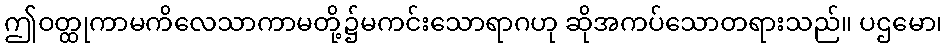
ဤဝတ္ထုကာမကိလေသာကာမတို့၌မကင်းသောရာဂဟု ဆိုအကပ်သောတရားသည်။ ပဌမော၊